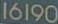
16190